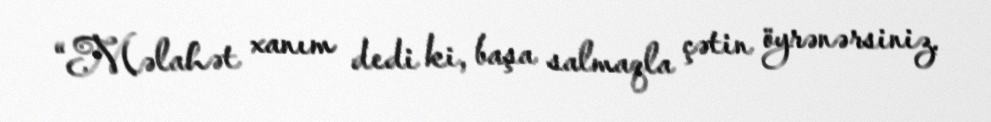
“Məlahət xanım dedi ki, başa salmaqla çətin öyrənərsiniz.